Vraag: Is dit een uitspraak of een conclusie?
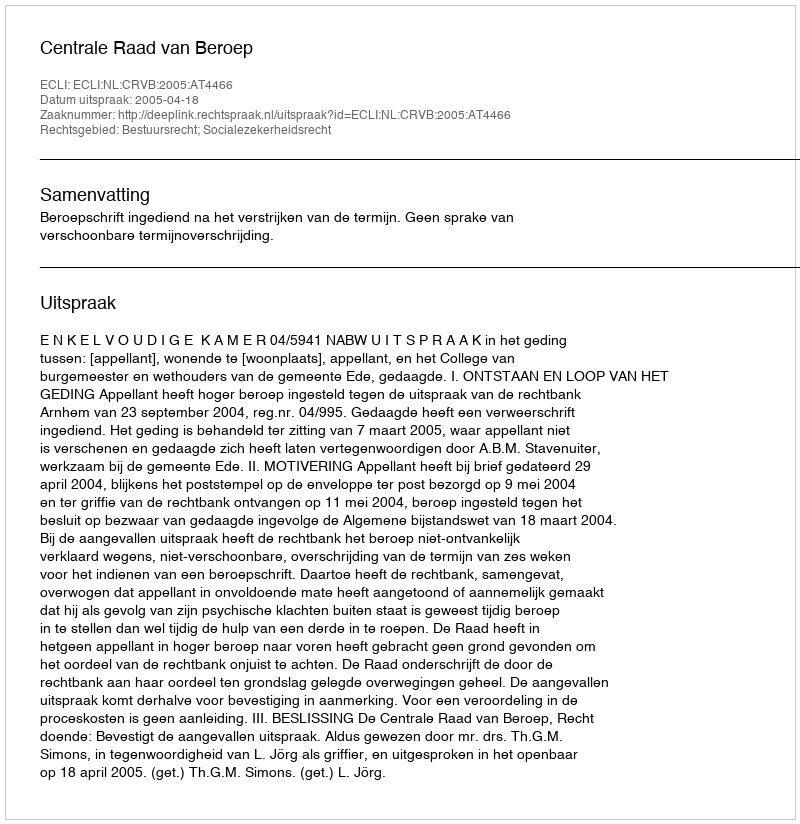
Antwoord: Uitspraak